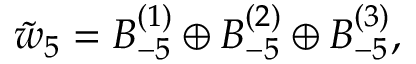
\tilde { w } _ { 5 } = B _ { - 5 } ^ { ( 1 ) } \oplus B _ { - 5 } ^ { ( 2 ) } \oplus B _ { - 5 } ^ { ( 3 ) } ,